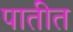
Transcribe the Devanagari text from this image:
पातीत